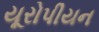
યૂરોપીયન